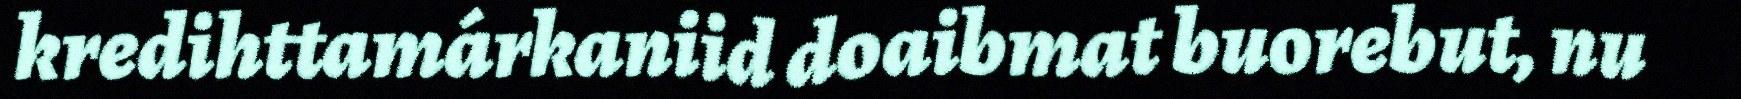
kredihttamárkaniid doaibmat buorebut, nu